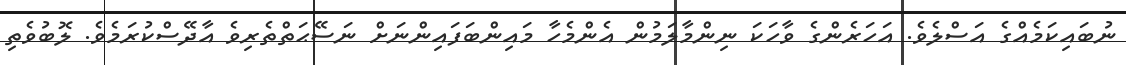
ނުބައިކަމެއްގެ އަސްލެވެ. އަހަރެންގެ ވާހަކަ ނިންމާލަމުން އެންމެހާ މައިންބަފައިންނަށް ނަސޭޙަތްތެރިވެ އާދޭސްކުރަމެވެ. ލޮބުވެތި